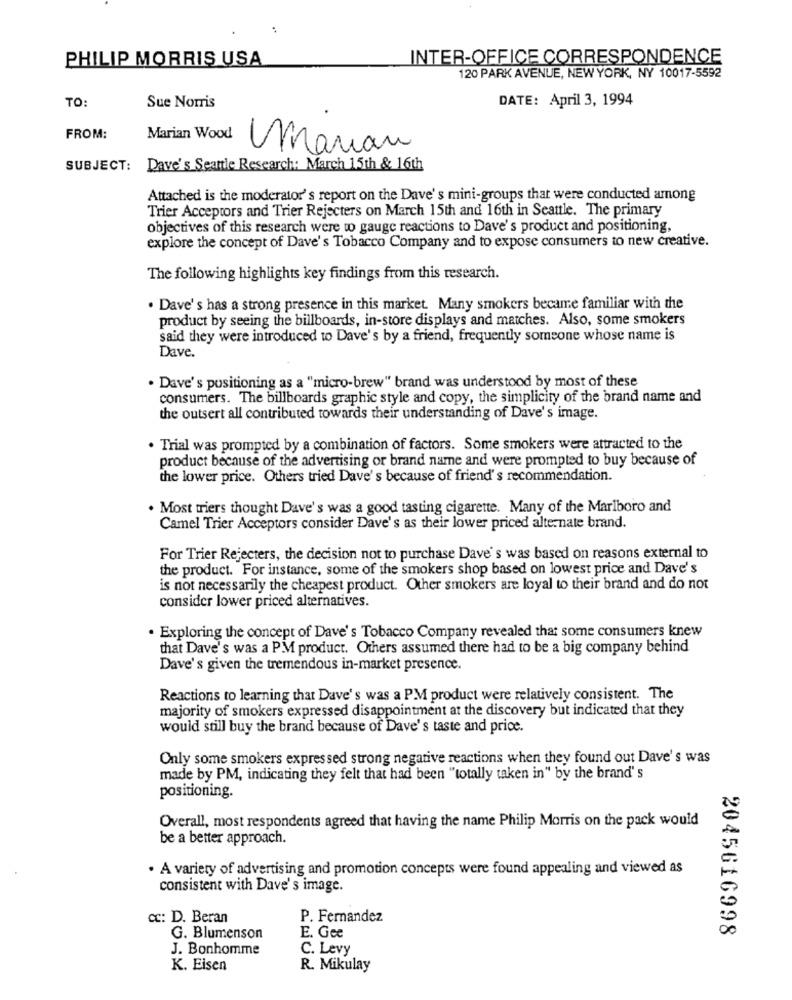
:
PHILIP MORRIS USA
INTER-OFFICE CORRESPONDENCE
120 PARK AVENUE, NEW YORK, NY 10017-5592
TO:
Sue Norris
DATE: April 3, 1994
FROM:
Marian Wood
Marian
SUBJECT:
Dave's Seattle Research: March 15th & 16th
Attached is the moderator's report on the Dave's mini-groups that were conducted among
Trier Acceptors and Trier Rejecters on March 15th and 16th in Seattle. The primary
objectives of this research were to gauge reactions to Dave's product and positioning,
explore the concept of Dave's Tobacco Company and to expose consumers to new creative.
The following highlights key findings from this research.
. Dave's has a strong presence in this market. Many smokers became familiar with the
product by seeing the billboards, in-store displays and matches. Also, some smokers
said they were introduced to Dave's by a friend, frequently someone whose name is
Dave.
. Dave's positioning as a "micro-brew" brand was understood by most of these
consumers. The billboards graphic style and copy, the simplicity of the brand name and
the outsert all contributed towards their understanding of Dave's image.
· Trial was prompted by a combination of factors. Some smokers were attracted to the
product because of the advertising or brand name and were prompted to buy because of
the lower price. Others tried Dave's because of friend's recommendation.
.Most triers thought Dave's was a good tasting cigarette. Many of the Marlboro and
Camel Trier Acceptors consider Dave's as their lower priced alternate brand.
For Trier Rejecters, the decision not to purchase Dave's was based on reasons external to
the product. For instance, some of the smokers shop based on lowest price and Dave's
is not necessarily the cheapest product. Other smokers are loyal to their brand and do not
consider lower priced alternatives.
· Exploring the concept of Dave's Tobacco Company revealed that some consumers knew
that Dave's was a PM product. Others assumed there had to be a big company behind
Dave's given the tremendous in-market presence.
Reactions to learning that Dave's was a PM product were relatively consistent. The
majority of smokers expressed disappointment at the discovery but indicated that they
would still buy the brand because of Dave's taste and price.
Only some smokers expressed strong negative reactions when they found out Dave's was
made by PM, indicating they felt that had been "totally taken in" by the brand' s
positioning.
Overall, most respondents agreed that having the name Philip Morris on the pack would
be a better approach.
. A variety of advertising and promotion concepts were found appealing and viewed as
consistent with Dave's image.
cc: D. Beran
P. Fernandez
2045616998
G. Blumenson
E. Gee
J. Bonhomme
C. Levy
K. Eisen
R. Mikulay